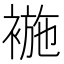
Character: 𧛖